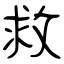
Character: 救